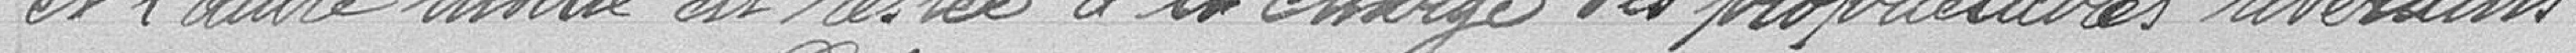
et l'autre moitié est restée à la charge des propriétaires riverains.